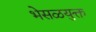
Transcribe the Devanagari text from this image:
भेसळयुक्त